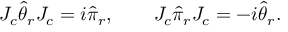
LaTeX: J _ { c } \widehat \theta _ { r } J _ { c } = i \widehat \pi _ { r } , \qquad J _ { c } \widehat \pi _ { r } J _ { c } = - i \widehat \theta _ { r } .